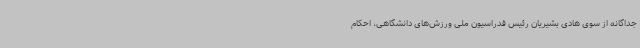
جداگانه از سوی هادی بشیریان رئیس فدراسیون ملی ورزش‌های دانشگاهی، احکام